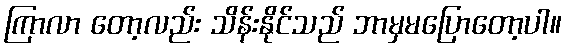
ကြာလာ တော့လည်း သိန်းနိုင်သည် ဘာမှမပြောတော့ပါ။